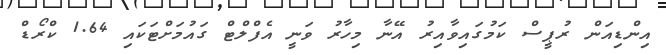
އިންޑިއަން ރުޕީސް ކަމުގައިވާއިރު އޭނާ މިހާރު ވަނީ އެފްލްޓް ގައުމަށްޓަކައި 1.64 ކްރޯޑް